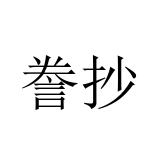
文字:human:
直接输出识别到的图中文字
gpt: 誊抄